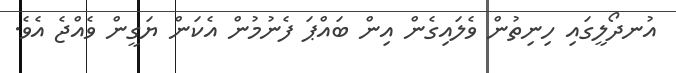
އުނދޯލީގައި ހިނިތުން ވެލައިގެން އިން ބައްޕަ ފެނުމުން އެކަން ޔަގީން ވެއްޖެ އެވެ.